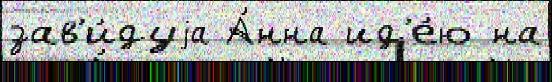
зав'и́дуjа А́нна ид'е́ю на